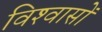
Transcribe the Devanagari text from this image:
विश्‍वासों